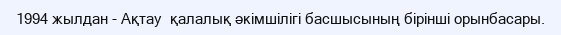
1994 жылдан - Ақтау  қалалық әкімшілігі басшысының бірінші орынбасары.